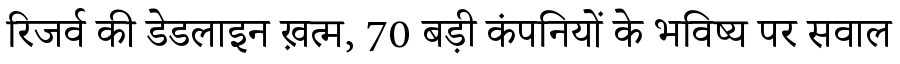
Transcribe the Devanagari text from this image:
रिजर्व की डेडलाइन ख़त्म, 70 बड़ी कंपनियों के भविष्य पर सवाल